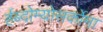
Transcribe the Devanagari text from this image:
र्हब्दोम्योसर्कोमा